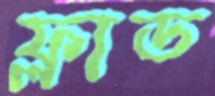
ফ্লাড